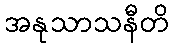
အနုသာသနီတိ